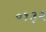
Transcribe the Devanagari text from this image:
०१३२